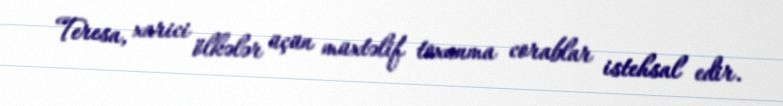
Teresa, xarici ölkələr üçün müxtəlif toxunma corablar istehsal edir.